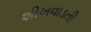
શીખવાડતી